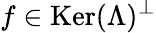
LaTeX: f\in\mathop{\mathrm{Ker}}(\Lambda)^{\perp}